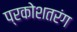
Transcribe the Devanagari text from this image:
प्रकोशतरंग